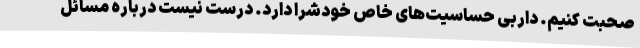
صحبت کنیم. داربی حساسیت‌های خاص خودشرا دارد. درست نیست درباره مسائل